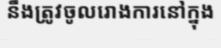
នឹងត្រូវចូលរោងការនៅក្នុង